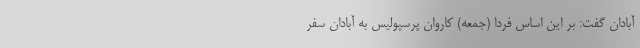
آبادان گفت: بر این اساس فردا (جمعه) کاروان پرسپولیس به آبادان سفر